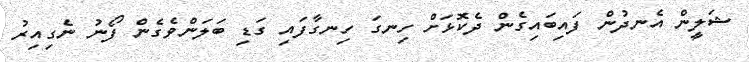
ޝަލީން އެނދުން ފައިބައިގެން ދެކޮޅަށް ހިނގަ ހިނގާފައި ގަޑި ބަލަންވެގެން ފޯނު ނެގިއިރު